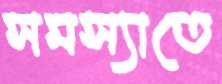
সমস্যাতে